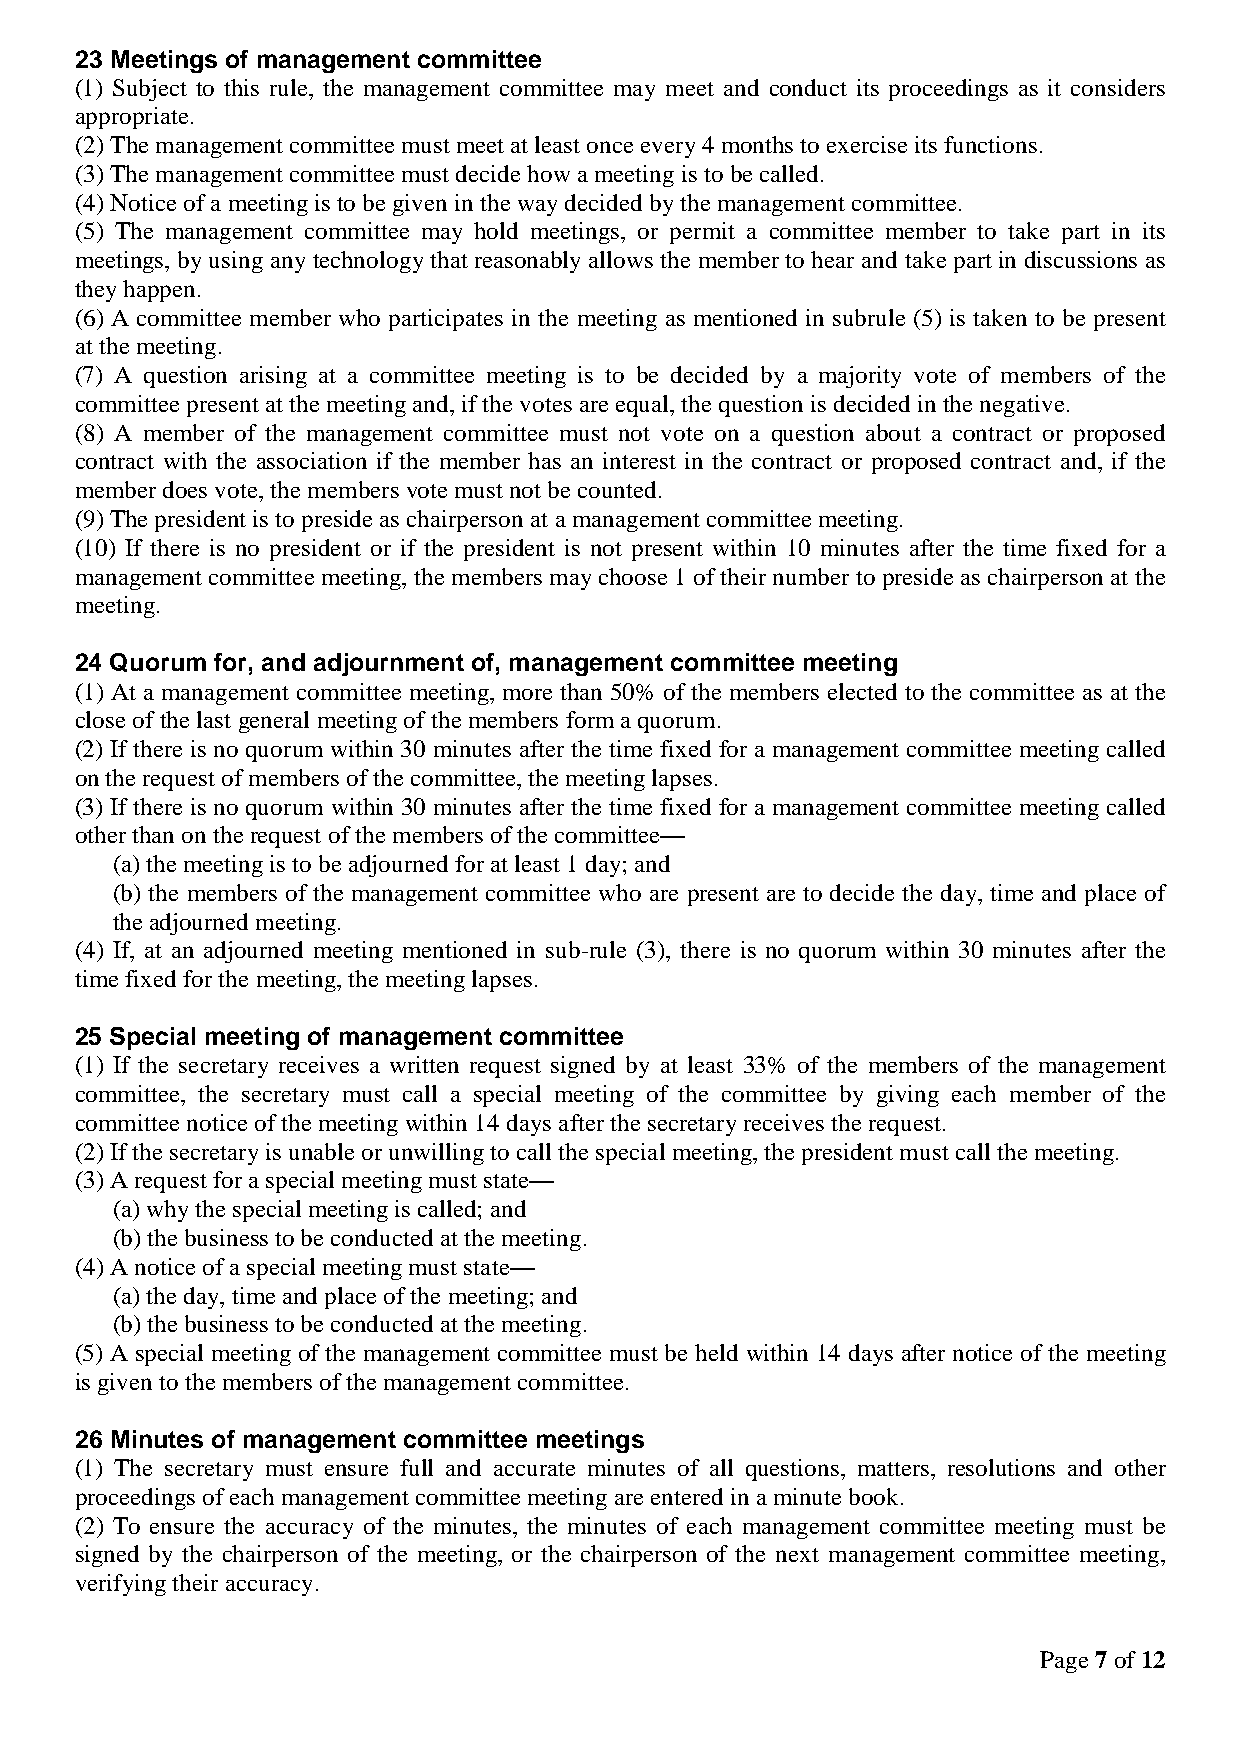
23 Meetings of management committee
 (1) Subject to this rule, the management committee may meet and conduct its proceedings as it considers
 appropriate.
 (2) The management committee must meet at least once every 4 months to exercise its functions.
 (3) The management committee must decide how a meeting is to be called.
 (4) Notice of a meeting is to be given in the way decided by the management committee.
 (5) The management committee may hold meetings, or permit a committee member to take part in its
 meetings, by using any technology that reasonably allows the member to hear and take part in discussions as
 they happen.
 (6) A committee member who participates in the meeting as mentioned in subrule (5) is taken to be present
 at the meeting.
 (7) A question arising at a committee meeting is to be decided by a majority vote of members of the
 committee present at the meeting and, if the votes are equal, the question is decided in the negative.
 (8) A member of the management committee must not vote on a question about a contract or proposed
 contract with the association if the member has an interest in the contract or proposed contract and, if the
 member does vote, the members vote must not be counted.
 (9) The president is to preside as chairperson at a management committee meeting.
 (10) If there is no president or if the president is not present within 10 minutes after the time fixed for a
 management committee meeting, the members may choose 1 of their number to preside as chairperson at the
 meeting.
 24 Quorum for, and adjournment of, management committee meeting
 (1) At a management committee meeting, more than 50% of the members elected to the committee as at the
 close of the last general meeting of the members form a quorum.
 (2) If there is no quorum within 30 minutes after the time fixed for a management committee meeting called
 on the request of members of the committee, the meeting lapses.
 (3) If there is no quorum within 30 minutes after the time fixed for a management committee meeting called
 other than on the request of the members of the committee—
 (a) the meeting is to be adjourned for at least 1 day; and
 (b) the members of the management committee who are present are to decide the day, time and place of
 the adjourned meeting.
 (4) If, at an adjourned meeting mentioned in sub-rule (3), there is no quorum within 30 minutes after the
 time fixed for the meeting, the meeting lapses.
 25 Special meeting of management committee
 (1) If the secretary receives a written request signed by at least 33% of the members of the management
 committee, the secretary must call a special meeting of the committee by giving each member of the
 committee notice of the meeting within 14 days after the secretary receives the request.
 (2) If the secretary is unable or unwilling to call the special meeting, the president must call the meeting.
 (3) A request for a special meeting must state—
 (a) why the special meeting is called; and
 (b) the business to be conducted at the meeting.
 (4) A notice of a special meeting must state—
 (a) the day, time and place of the meeting; and
 (b) the business to be conducted at the meeting.
 (5) A special meeting of the management committee must be held within 14 days after notice of the meeting
 is given to the members of the management committee.
 26 Minutes of management committee meetings
 (1) The secretary must ensure full and accurate minutes of all questions, matters, resolutions and other
 proceedings of each management committee meeting are entered in a minute book.
 (2) To ensure the accuracy of the minutes, the minutes of each management committee meeting must be
 signed by the chairperson of the meeting, or the chairperson of the next management committee meeting,
 verifying their accuracy.
 Page 7 of 12